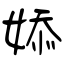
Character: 婖